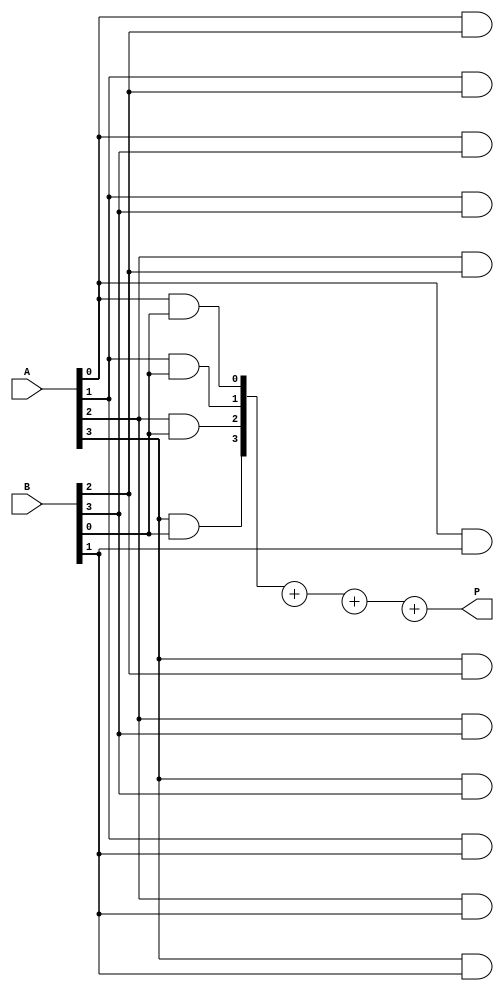
module array_multiplier #(parameter N = 4, M = 4) (
    input [N-1:0] A,  // n-bit number
    input [M-1:0] B,  // m-bit number
    output [N+M-1:0] P  // (n+m)-bit product
);

// Generate partial products
wire [N+M-1:0] partial_products[M-1:0];

genvar i, j;
generate
    for (i = 0; i < M; i = i + 1) begin : generate_partial_products
        for (j = 0; j < N; j = j + 1) begin : generate_and_gates
            assign partial_products[i][j + i] = A[j] & B[i]; // AND gate for each bit
        end
    end
endgenerate

// Sum the partial products
wire [N+M-1:0] sum [M-1:0];

// Initialize the first partial product
assign sum[0] = partial_products[0];

// Use a simple tree adder structure to sum the partial products
generate
    for (i = 1; i < M; i = i + 1) begin : sum_partial_products
        assign sum[i] = sum[i-1] + partial_products[i];
    end
endgenerate

// Final output product
assign P = sum[M-1];

endmodule